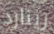
رينارد